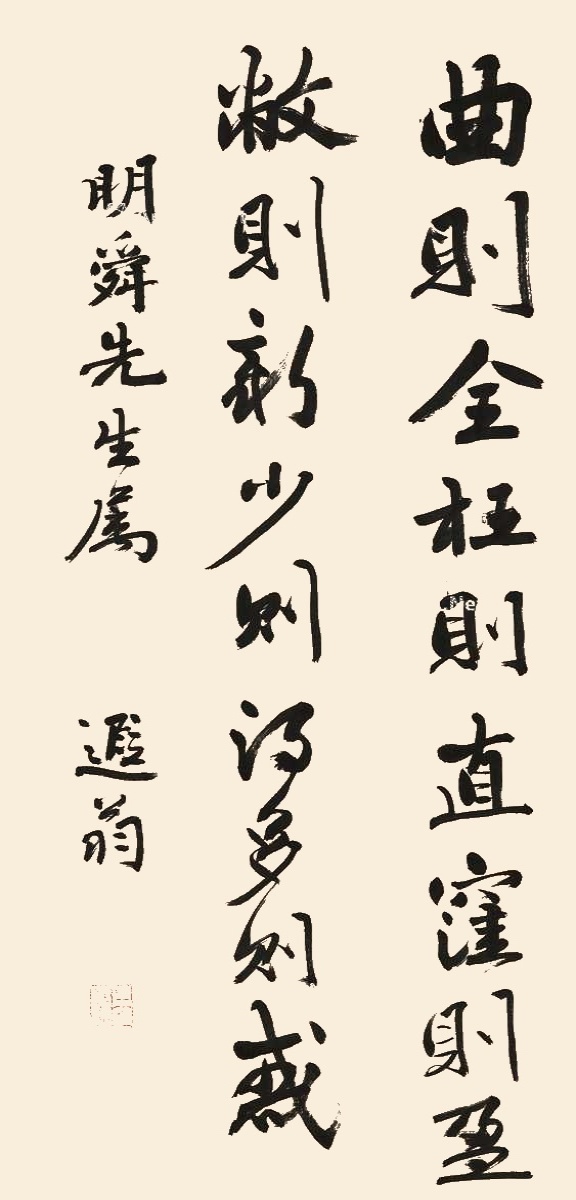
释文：曲则全，枉则直，洼则盈，敝则新，少则得，多则惑。明舜先生属，遐翁。